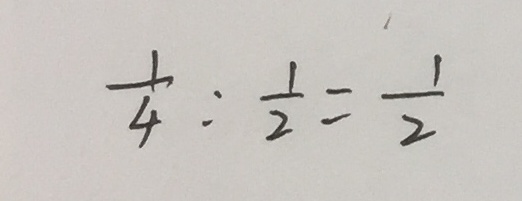
\frac { 1 } { 4 } : \frac { 1 } { 2 } = \frac { 1 } { 2 }